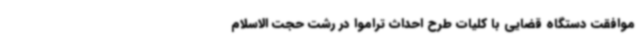
موافقت دستگاه قضایی با کلیات طرح احداث تراموا در رشت حجت الاسلام